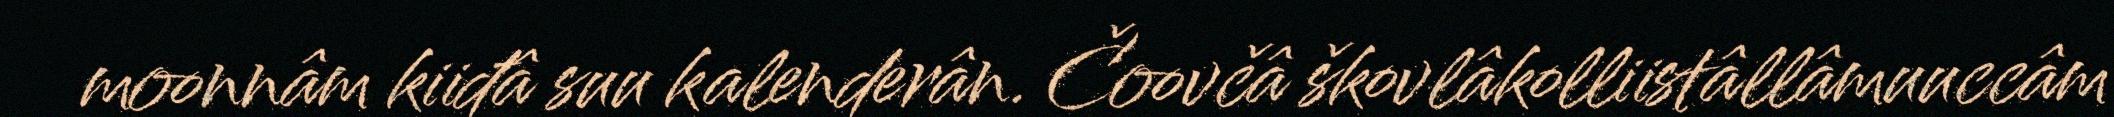
moonnâm kiiđâ suu kalenderân. Čoovčâ škovlâkolliistâllâmuuccâm